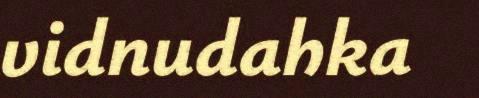
vidnudahka